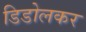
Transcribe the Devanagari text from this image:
डिडोलकर